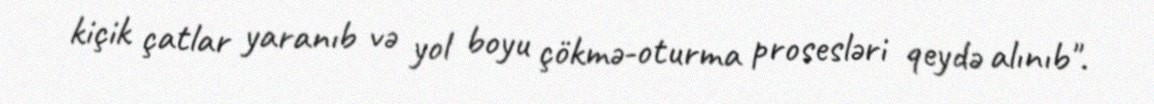
kiçik çatlar yaranıb və yol boyu çökmə-oturma prosesləri qeydə alınıb".